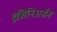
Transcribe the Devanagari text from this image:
इंजिनिअर्सने